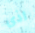
اذى